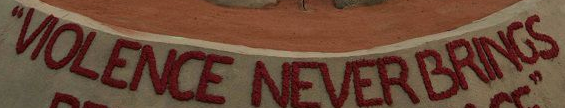
VIOLENCE NEVER BRINGS